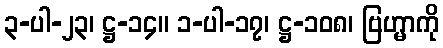
၃-ပါ-၂၃၊ ဋ္ဌ-၁၄။ ၁-ပါ-၁၇၊ ဋ္ဌ-၁၀၈၊ ဗြဟ္မာကို